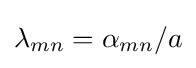
\lambda _{mn}=\alpha _{mn}/a